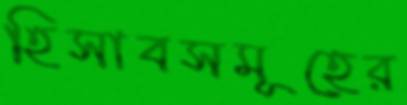
হিসাবসমূহের